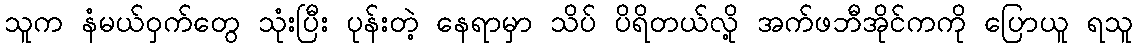
သူက နံမယ်ဝှက်တွေ သုံးပြီး ပုန်းတဲ့ နေရာမှာ သိပ် ပိရိတယ်လို့ အက်ဖဘီအိုင်ကကို ပြောယူ ရသူ